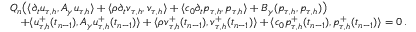
\begin{array} { r l } & { Q _ { n } \big ( \langle \partial _ { t } \boldsymbol u _ { \tau , h } , \boldsymbol A _ { \gamma } \boldsymbol u _ { \tau , h } \rangle + \langle \rho \partial _ { t } \boldsymbol v _ { \tau , h } , \boldsymbol v _ { \tau , h } \rangle + \langle c _ { 0 } \partial _ { t } p _ { \tau , h } , p _ { \tau , h } \rangle + B _ { \gamma } ( p _ { \tau , h } , p _ { \tau , h } ) \big ) } \\ & { \quad + \langle \boldsymbol u _ { \tau , h } ^ { + } ( t _ { n - 1 } ) , \boldsymbol A _ { \gamma } u _ { \tau , h } ^ { + } ( t _ { n - 1 } ) \rangle + \langle \rho \boldsymbol v _ { \tau , h } ^ { + } ( t _ { n - 1 } ) , \boldsymbol v _ { \tau , h } ^ { + } ( t _ { n - 1 } ) \rangle + \langle c _ { 0 } p _ { \tau , h } ^ { + } ( t _ { n - 1 } ) , p _ { \tau , h } ^ { + } ( t _ { n - 1 } ) \rangle = 0 \, . } \end{array}